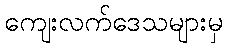
ကျေးလက်ဒေသများမှ